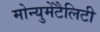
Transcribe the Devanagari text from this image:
मोन्युमेंटैलिटी